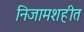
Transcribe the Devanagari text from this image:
निजामशहीत